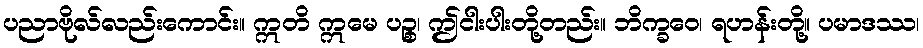
ပညာဗိုလ်လည်းကောင်း။ ဣတိ ဣမေ ပဉ္စ၊ ဤငါးပါးတို့တည်း။ ဘိက္ခဝေ၊ ရဟန်းတို့။ ပမာဒဿ၊